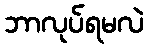
ဘာလုပ်ရမလဲ